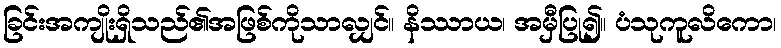
ခြင်းအကျိုးရှိသည်၏အဖြစ်ကိုသာလျှင်။ နိဿာယ၊ အမှီပြု၍။ ပံသုကူလိကော၊